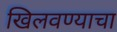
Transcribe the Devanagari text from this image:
खिलवण्याचा